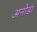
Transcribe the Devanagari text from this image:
अनोडा